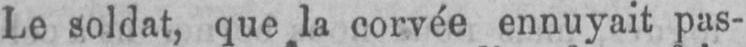
Le soldat, que la corvée ennuyait pas-